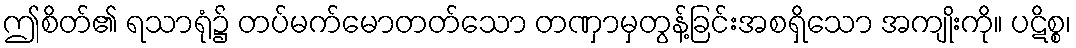
ဤစိတ်၏ ရသာရုံ၌ တပ်မက်မောတတ်သော တဏှာမှတွန့်ခြင်းအစရှိသော အကျိုးကို။ ပဋိစ္စ၊